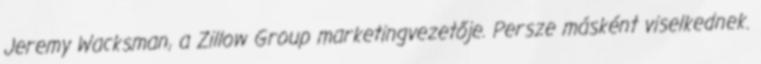
Jeremy Wacksman, a Zillow Group marketingvezetője. Persze másként viselkednek.